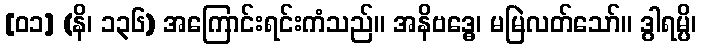
[၀၁] (နိ၊ ၁၃၆) အကြောင်းရင်းကံသည်။ အနိဗဒ္ဓေ၊ မမြဲလတ်သော်။ ဒွါရမ္ပိ၊